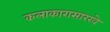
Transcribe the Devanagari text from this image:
कलाकारासारखे